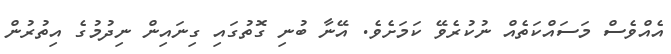
އެއްވެސް މަސައްކަތެއް ނުކުރެވޭ ކަމަށެވެ. އޭނާ ބުނި ގޮތުގައި ގިނައިން ނިދުމުގެ އިތުރުން